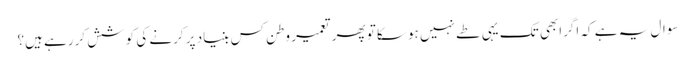
سوال یہ ہے کہ اگرابھی تک یہی طے نہیں ہوسکا تو پھر تعمیر وطن کس بنیاد پر کرنے کی کوشش کررہے ہیں؟